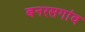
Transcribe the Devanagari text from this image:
बनरसगांव